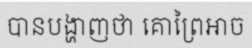
បានបង្ហាញថា គោព្រៃអាច